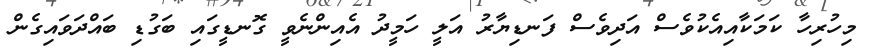
މިހުރިހާ ކަމަކާއިއެކުވެސް އަދިވެސް ފަނޑިޔާރު އަލީ ހަމީދު އެއިންނެވީ ގޮނޑީގައި ބަގުޑި ބައްދަވައިގެން